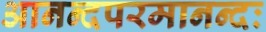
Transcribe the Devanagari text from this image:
आनन्दपरमानन्दः